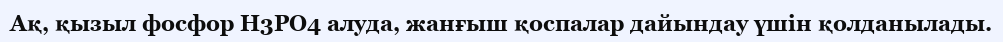
Ақ, қызыл фосфор Н3РО4 алуда, жанғыш қоспалар дайындау үшін қолданылады.